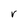
Character: r